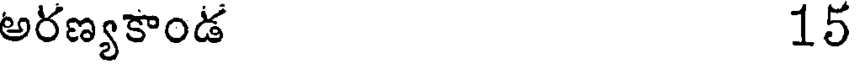
అరణ్యకాండ 15